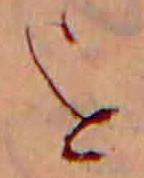
を